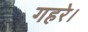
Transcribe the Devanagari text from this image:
गहरे।